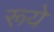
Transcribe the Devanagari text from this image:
रूये